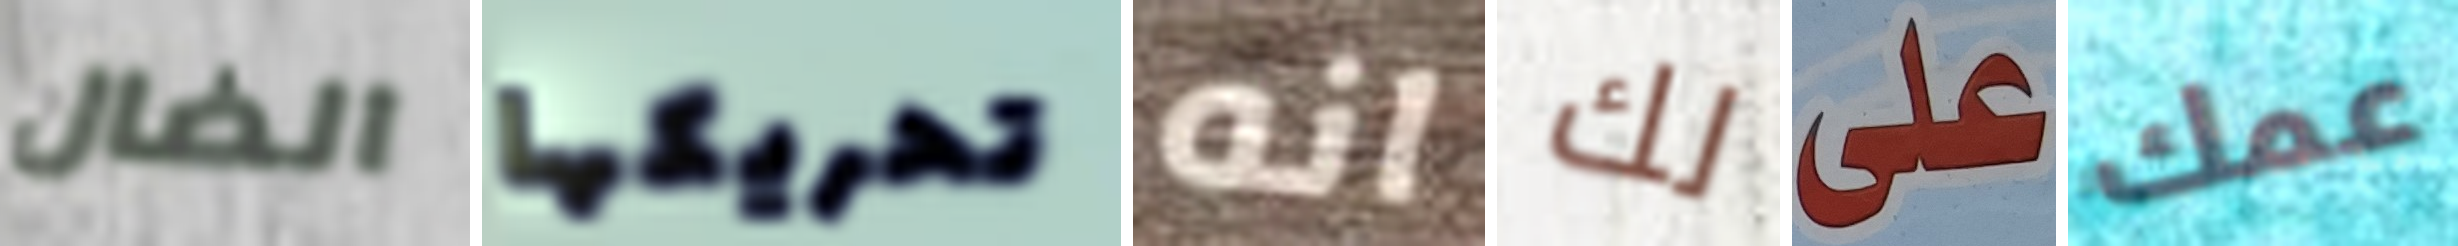
الضال تحريكها انه لك على عمك